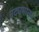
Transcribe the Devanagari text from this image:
वंद्यमानम्